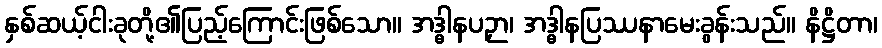
နှစ်ဆယ့်ငါးခုတို့၏ပြည့်ကြောင်းဖြစ်သော။ အဒ္ဓါနပဉှာ၊ အဒ္ဓါနပြဿနာမေးခွန်းသည်။ နိဋ္ဌိတာ၊